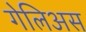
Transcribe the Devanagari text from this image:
गेलिअस